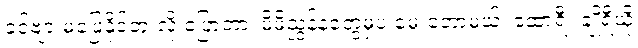
ခင်ဗျားမဖြေနိုင်ဘူးလို့ ပြောတာ၊ မိမိညွန့်နဲ့တွေ့မှပဲ မေးတော့မယ်၊ ဆောရီး ချိုရီယို